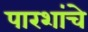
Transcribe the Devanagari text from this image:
पारशांचे